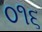
૦૧૬